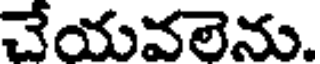
చేయవలెను.